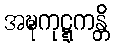
အဍ္ဎကုဋ္ဋကန္တိ